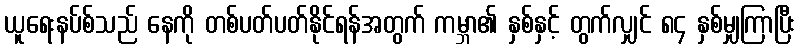
ယူရေးနပ်စ်သည် နေကို တစ်ပတ်ပတ်နိုင်ရန်အတွက် ကမ္ဘာ၏ နှစ်နှင့် တွက်လျှင် ၈၄ နှစ်မျှကြာပြီး